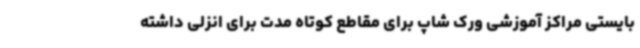
بایستی مراکز آموزشی ورک شاپ برای مقاطع کوتاه مدت برای انزلی داشته